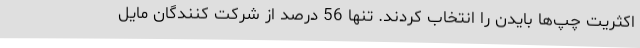
اکثریت چپ‌ها بایدن را انتخاب کردند. تنها 56 درصد از شرکت کنندگان مایل